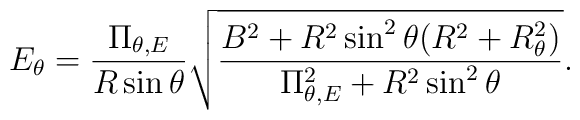
E_{\theta} = \frac{\Pi_{\theta,E}}{R \sin \theta}\sqrt{\frac{B^2 + R^2 \sin^2 \theta (R^2 + R_{\theta}^2)}           {\Pi_{\theta,E}^2 + R^2 \sin^2 \theta} }.